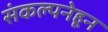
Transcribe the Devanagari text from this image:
संकल्पनेहून